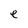
Character: e